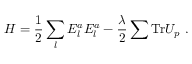
H = { \frac { 1 } { 2 } } \sum _ { l } E _ { l } ^ { a } E _ { l } ^ { a } - { \frac { \lambda } { 2 } } \sum \mathrm { T r } U _ { p } ~ .